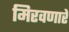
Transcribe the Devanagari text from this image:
मिरवणारे